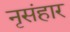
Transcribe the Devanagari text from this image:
नृसंहार